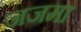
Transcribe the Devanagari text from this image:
जजमा